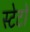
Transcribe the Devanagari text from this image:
स्टेटों